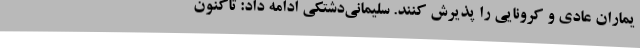
یماران عادی و کرونایی را پذیرش کنند. سلیمانی‌دشتکی ادامه داد: تاکنون